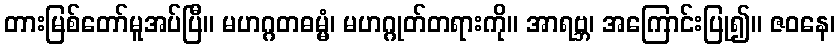
တားမြစ်တော်မူအပ်ပြီ။ မဟဂ္ဂတဓမ္မံ၊ မဟဂ္ဂုတ်တရားကို။ အာရဗ္ဘ၊ အကြောင်းပြု၍။ ဇဝနေ၊